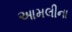
આમલીના